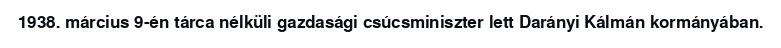
1938. március 9-én tárca nélküli gazdasági csúcsminiszter lett Darányi Kálmán kormányában.